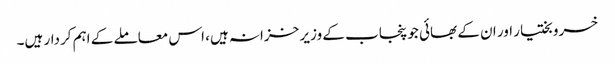
خسرو بختیار اور ان کے بھائی جو پنجاب کے وزیر خزانہ ہیں، اس معاملے کے اہم کردار ہیں۔